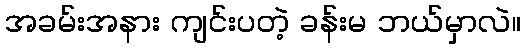
အခမ်းအနား ကျင်းပတဲ့ ခန်းမ ဘယ်မှာလဲ။